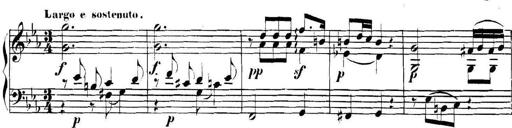
Title: Collected Piano Sonatas
Composer: Muzio Clementi